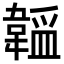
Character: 𬰮